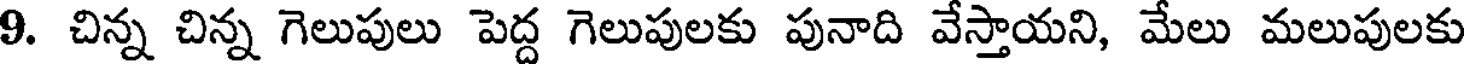
9. చిన్న చిన్న గెలుపులు పెద్ద గెలుపులకు పునాది వేస్తాయని, మేలు మలుపులకు